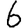
Digit: 6